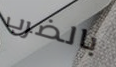
بالضرب